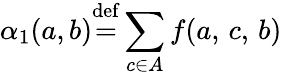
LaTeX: \alpha_{1}(a,b){\stackrel{\mathrm{def}}{=}}\displaystyle\sum_{c\in A}f(a,\, c,\, b)